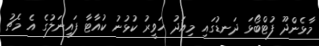
މާޅެންދޫ ފުޓްބޯޅަ ދަނޑުގައި މިއަދު ހަވީރު ކުޅުނު ކުއާޓާ ފައިނަލުގެ އެ މެޗު